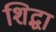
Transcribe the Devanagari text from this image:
शिद्धा